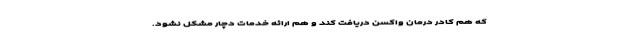
که هم کادر درمان واکسن دریافت کند و هم ارائه خدمات دچار مشکل نشود.